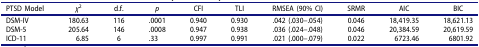
<table><thead><tr><td><b>PTSD Model</b></td><td><b><i>χ</i><sup>2</sup></b></td><td><b>d.f.</b></td><td><b><i>p</i></b></td><td><b>CFI</b></td><td><b>TLI</b></td><td><b>RMSEA (90% CI)</b></td><td><b>SRMR</b></td><td><b>AIC</b></td><td><b>BIC</b></td></tr></thead><tbody><tr><td>DSM-IV</td><td>180.63</td><td>116</td><td>.0001</td><td>0.940</td><td>0.930</td><td>.042 (.030–.054)</td><td>0.046</td><td>18,419.35</td><td>18,621.13</td></tr><tr><td>DSM-5</td><td>205.64</td><td>146</td><td>.0008</td><td>0.947</td><td>0.938</td><td>.036 (.024–.048)</td><td>0.046</td><td>20,384.59</td><td>20,619.59</td></tr><tr><td>ICD-11</td><td>6.85</td><td>6</td><td>.33</td><td>0.997</td><td>0.991</td><td>.021 (.000–.079)</td><td>0.022</td><td>6723.46</td><td>6801.92</td></tr></tbody></table>